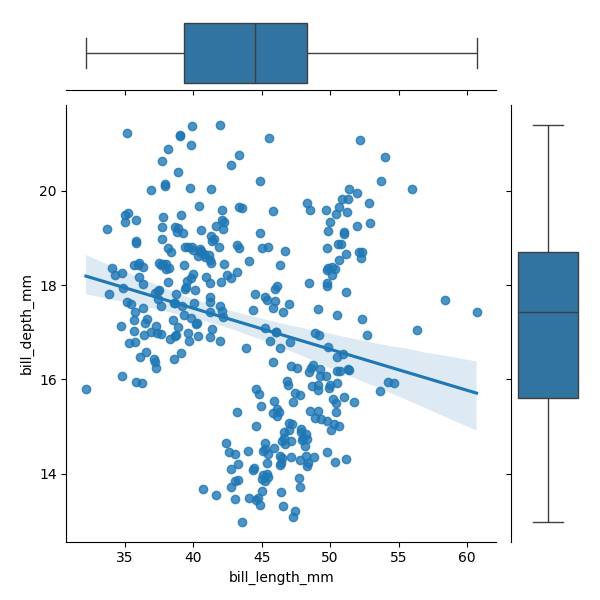
python, seaborn, JointGrid, regplot, boxplot